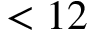
< 1 2